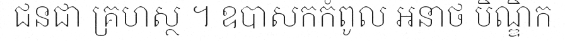
ជនជា គ្រហស្ថ ។ ឧបាសកកំពូល អនាថ បិណ្ឌិក